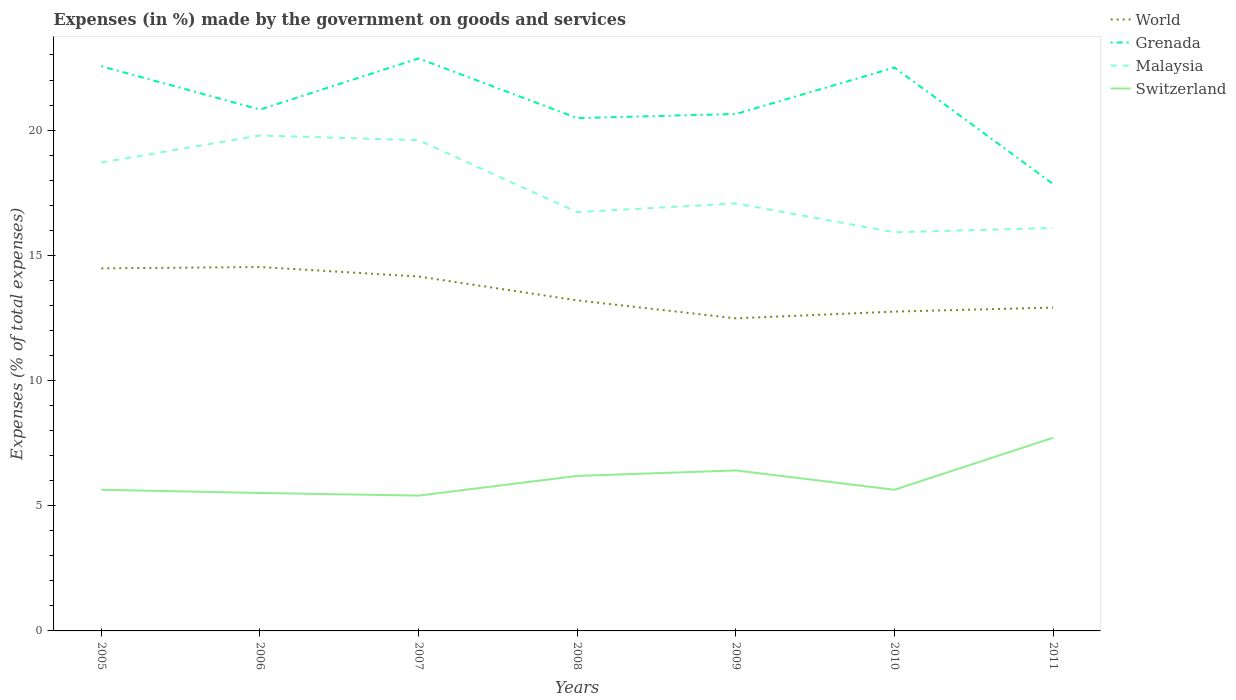
| Years | World | Grenada | Malaysia | Switzerland |
 | --- | --- | --- | --- | --- |
 | 2005 | 14.5 | 22.6 | 18.7 | 5.64 |
 | 2006 | 14.5 | 20.8 | 19.8 | 5.51 |
 | 2007 | 14.2 | 22.9 | 19.6 | 5.4 |
 | 2008 | 13.2 | 20.5 | 16.7 | 6.19 |
 | 2009 | 12.5 | 20.6 | 17.1 | 6.41 |
 | 2010 | 12.8 | 22.5 | 15.9 | 5.64 |
 | 2011 | 12.9 | 17.8 | 16.1 | 7.71 |